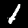
Digit: 1